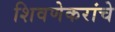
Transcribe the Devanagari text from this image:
शिवणेकरांचे